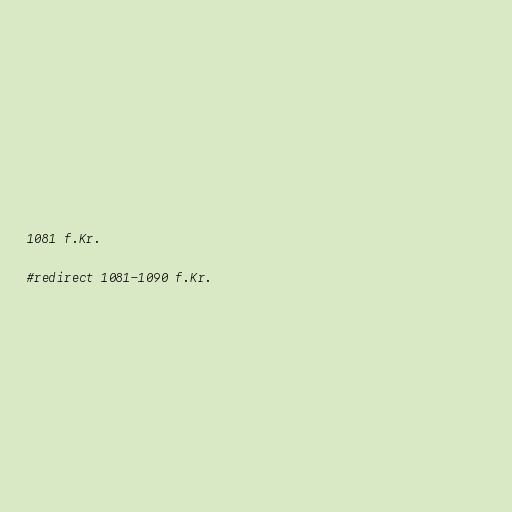
1081 f.Kr.

#redirect 1081-1090 f.Kr.